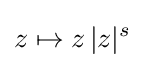
z\mapsto z\,|z|^{s}